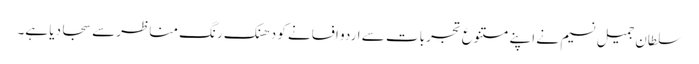
سلطان جمیل نسیم نے اپنے متنوع تجربات سے اردو افسانے کو دھنک رنگ مناظرسے سجا دیا ہے۔